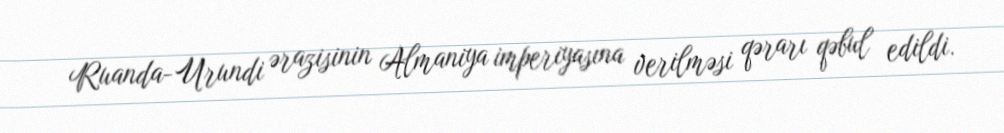
Ruanda-Urundi ərazisinin Almaniya imperiyasına verilməsi qərarı qəbul edildi.